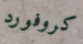
كروفورد